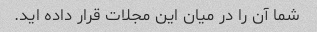
شما آن را در میان این مجلات قرار داده اید.